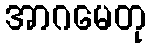
အာဂမေတု